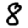
Digit: 8